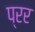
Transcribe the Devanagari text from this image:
प्रर